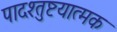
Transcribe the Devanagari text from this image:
पादश्तुष्टयात्मक